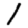
Digit: 1